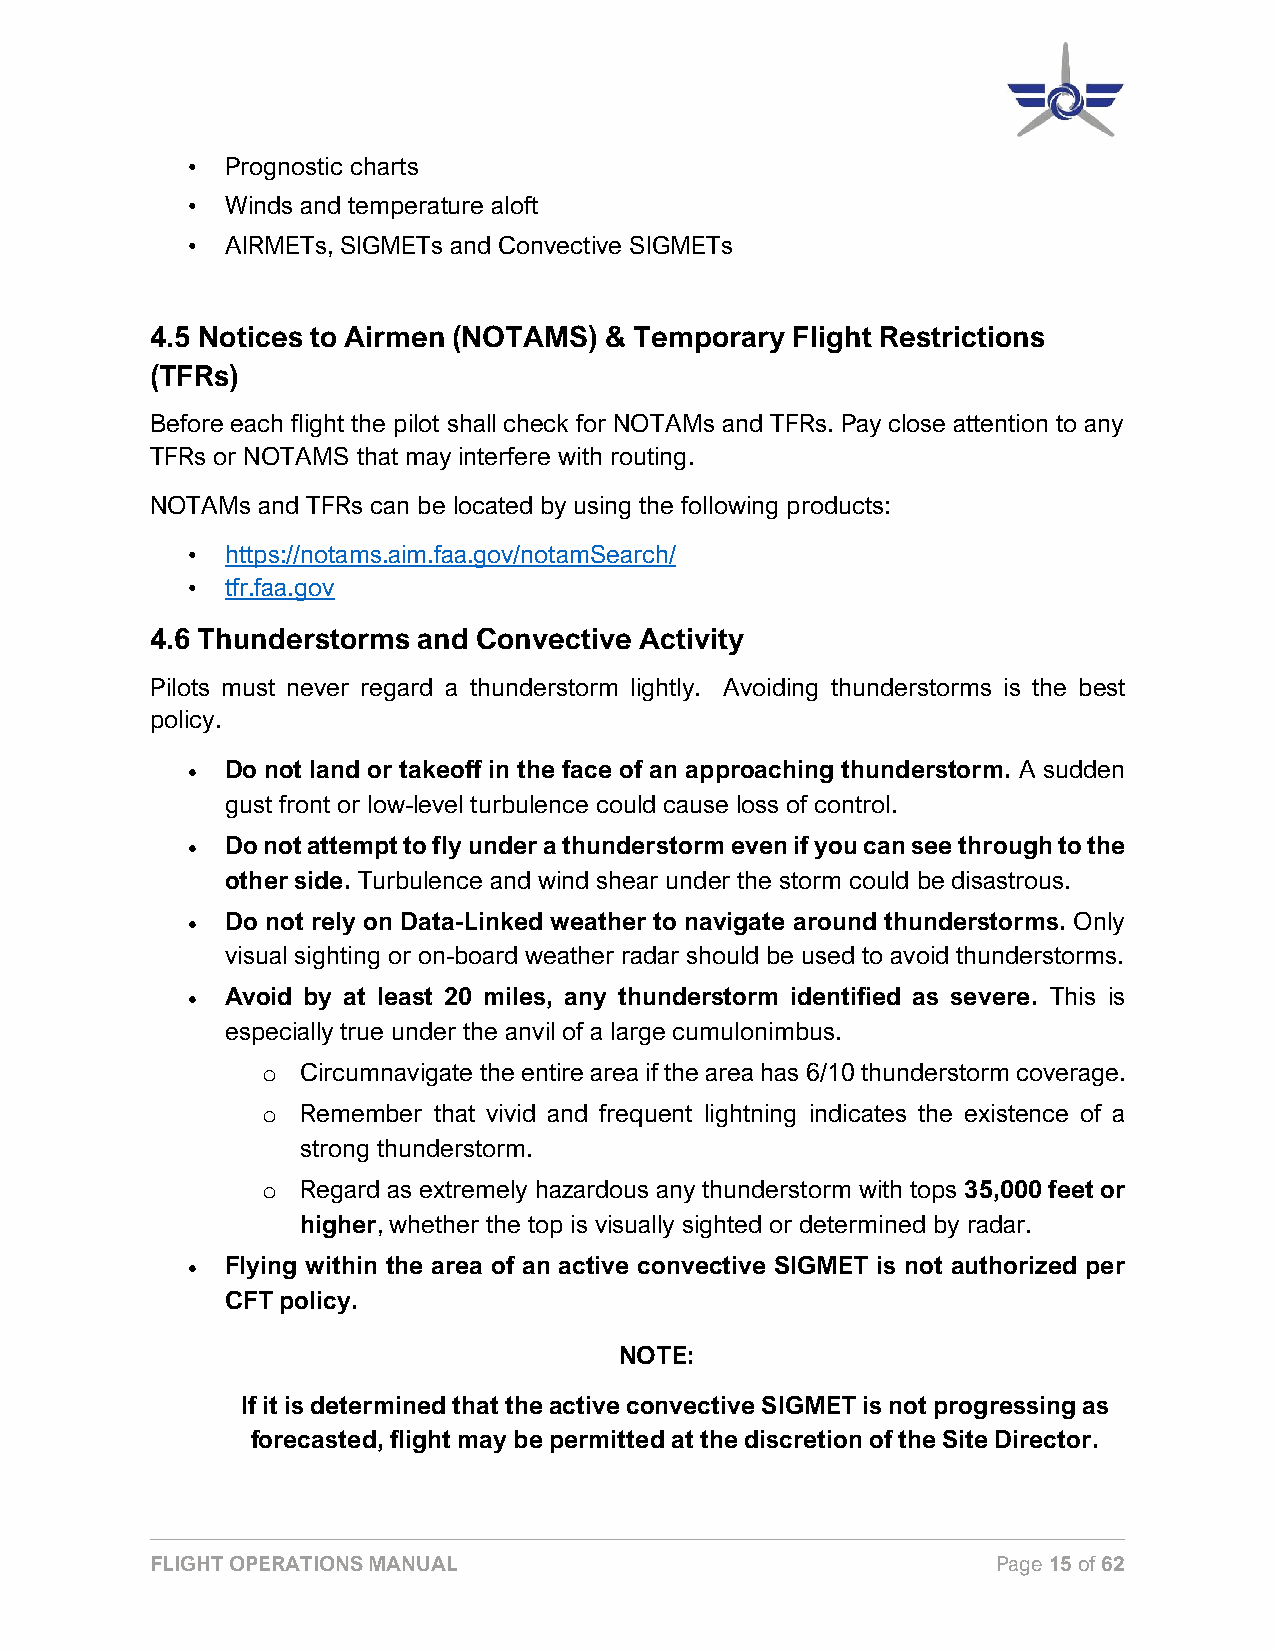
•  Prognostic charts
 •  Winds and temperature aloft
 •  AIRMETs, SIGMETs and Convective SIGMETs
 4.5 Notices to Airmen (NOTAMS) & Temporary Flight Restrictions
 (TFRs)
 Before each flight the pilot shall check for NOTAMs and TFRs. Pay close attention to any
 TFRs or NOTAMS that may interfere with routing.
 NOTAMs and TFRs can be located by using the following products:
 •  https://notams.aim.faa.gov/notamSearch/
 •  tfr.faa.gov
 4.6 Thunderstorms and Convective Activity
 Pilots must never regard a thunderstorm lightly. Avoiding thunderstorms is the best
 policy.
 •  Do not land or takeoff in the face of an approaching thunderstorm. A sudden
 gust front or low-level turbulence could cause loss of control.
 •  Do not attempt to fly under a thunderstorm even if you can see through to the
 other side. Turbulence and wind shear under the storm could be disastrous.
 •  Do not rely on Data-Linked weather to navigate around thunderstorms. Only
 visual sighting or on-board weather radar should be used to avoid thunderstorms.
 •  Avoid by at least 20 miles, any thunderstorm identified as severe. This is
 especially true under the anvil of a large cumulonimbus.
 Circumnavigate the entire area if the area has 6/10 thunderstorm coverage.
 o
 Remember that vivid and frequent lightning indicates the existence of a
 o
 strong thunderstorm.
 Regard as extremely hazardous any thunderstorm with tops 35,000 feet or
 o
 higher, whether the top is visually sighted or determined by radar.
 •  Flying within the area of an active convective SIGMET is not authorized per
 CFT policy.
 NOTE:
 If it is determined that the active convective SIGMET is not progressing as
 forecasted, flight may be permitted at the discretion of the Site Director.
 FLIGHT OPERATIONS MANUAL                                Page 15 of 62